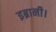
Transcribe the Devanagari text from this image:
इब्रानी।